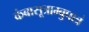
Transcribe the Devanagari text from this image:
कंबासूत्राम्बुपात्रं